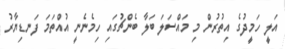
އަލީ ހަމީދުގެ އިތުރުން މި މައްސަލަ ބަލާ ބެންޗުގައި ހިމެނެނީ އުއްތަމަ ފަނޑިޔާރު